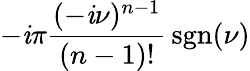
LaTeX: -\mathit{i}\pi{\frac{{(-\mathit{i}\nu)^{n-1}}}{{(n-1)!}}}\operatorname{sgn}(\nu)